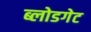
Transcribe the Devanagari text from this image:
ब्लोडगेट